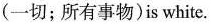
(一切; 所有事物)is white.